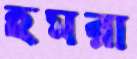
হমরা